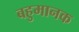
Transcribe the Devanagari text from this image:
बहुमानक